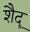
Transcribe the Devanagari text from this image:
शैदू